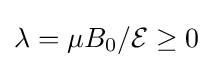
\lambda =\mu B_{0}/{\mathcal {E}}\geq 0